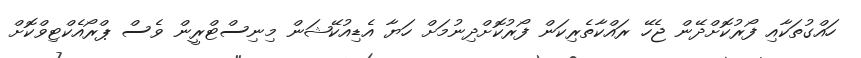
ހައްގުތަކާއި ފޯރުކޮށްދޭން ޖެހޭ ރައްކާތެރިކަން ފޯރުކޮށްދިނުމަށް ހަޔާ އެޑިއުކޭޝަން މިނިސްޓްރީން ވެސް ޕްރޯއެކްޓިވްކޮށް